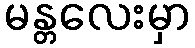
မန္တလေးမှာ